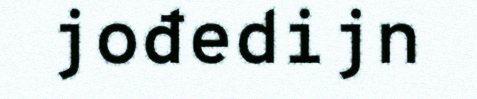
jođedijn